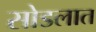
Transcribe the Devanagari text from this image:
सोडलात